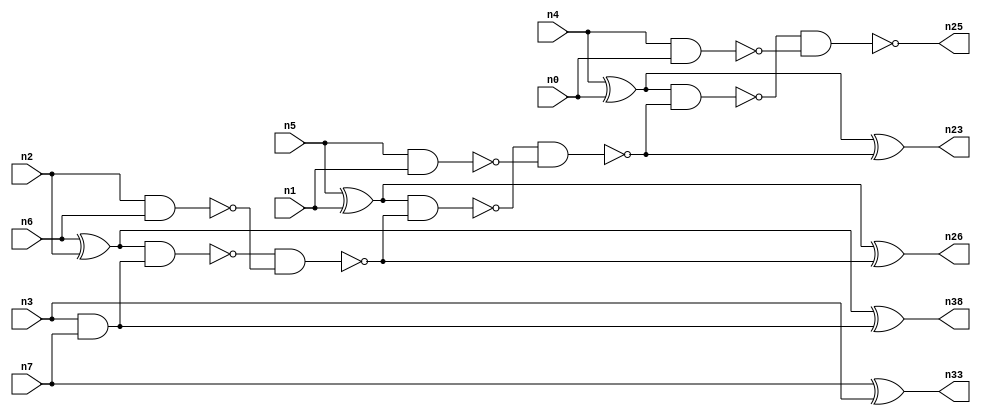
// This program was cloned from: https://github.com/umar-afzaal/ReCkt
// License: MIT License

// This file contains a pareto-optimal circuit with respect to pdp and the fault-resilince parameter p_fault which is defined as:
// "For all input vectors, the ratio of the no. of faults observable at the POs to the no. of total possible faults in the circuit".
// This code is part of the ReCkt library (https://github.com/umar-afzaal/ReCkt) distributed under The MIT License.
// When used, please cite the following article(s):
// U. Afzaal, A.S. Hassan, M. Usman and J.A. Lee, "On the Evolutionary Synthesis of Increased Fault-resilience Arithmetic Circuits".

// p_fault = 90.2 %    (Lower is better)
// gates = 22.0
// levels = 7
// area = 29.64    (For MCNC library relative to nand2)
// power = 105.2 uW    (Berkely-SIS for MCNC library @ Vdd=5V and 20 MHz clock)
// delay = 7.9 ns    (Berkely-ABC for MCNC library)
// PDP = 8.3108e-13 J

// Pin mapping:
// {n0, n1, n2, n3} = A[3:0]
// {n4, n5, n6, n7} = B[3:0]
// {n25, n23, n26, n38, n33} = O[4:0]

module addr4u_pdp_3 (
n0, n1, n2, n3, n4, n5, n6, n7, 
n25, n23, n26, n38, n33
);

input n0, n1, n2, n3, n4, n5, n6, n7;
output n25, n23, n26, n38, n33;
wire n15, n16, n8, n10, n13, n12, n31, n19, n18, n21, n24, n20, n9, n11, n14, n17, n22;

and (n8, n3, n7);
xor (n9, n6, n2);
xor (n10, n5, n1);
nand (n11, n5, n1);
nand (n12, n4, n0);
nand (n13, n2, n6);
xnor (n14, n7, n3);
xor (n15, n4, n0);
xor (n16, n9, n8);
nand (n17, n9, n8);
and (n18, n14, n14);
nand (n19, n17, n13);
nand (n20, n10, n19);
xnor (n21, n10, n19);
nand (n22, n20, n11);
xor (n23, n15, n22);
nand (n24, n15, n22);
nand (n25, n24, n12);
nand (n26, n21, n21);
and (n31, n14, n14);
nor (n33, n18, n31);
and (n38, n16, n16);

endmodule